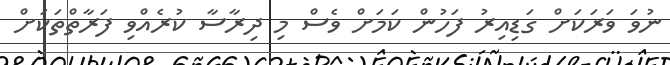
ނުވަ ވަރަކަށް ގަޑިއިރު ފަހުން ކަމަށް ވެސް މި ދިރާސާ ކުރެއްވި ފަރާތްތަކަށް